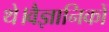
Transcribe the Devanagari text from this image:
थे।वैज्ञानिकों